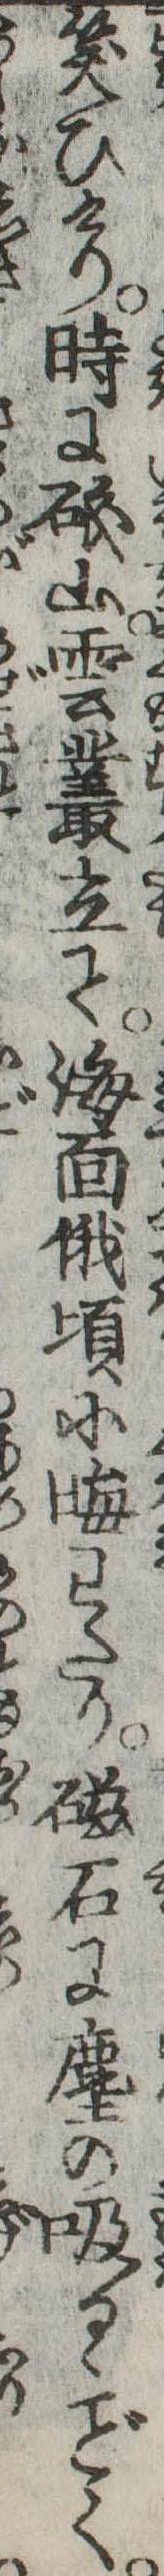
笑ひけり時に磯山雲叢立て海面俄頃に晦わたり磁石に塵の吸るゝく